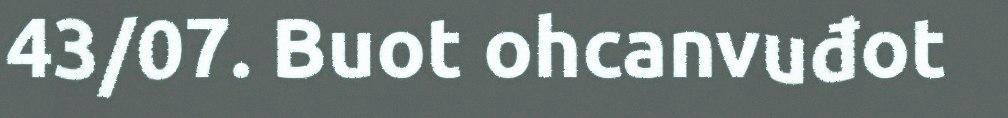
43/07. Buot ohcanvuđot